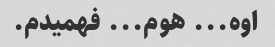
اوه... هوم... فهمیدم.